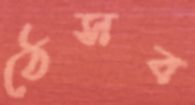
ঠেসব